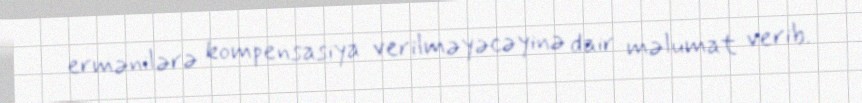
ermənilərə kompensasiya verilməyəcəyinə dair məlumat verib.